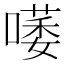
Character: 𠾭